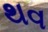
થવ